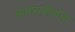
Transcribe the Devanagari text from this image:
बाबांसाहेबांचा